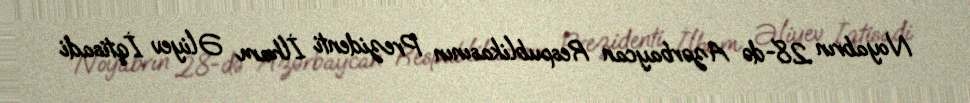
Noyabrın 28-də Azərbaycan Respublikasının Prezidenti İlham Əliyev İqtisadi